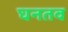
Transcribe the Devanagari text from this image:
घनतव